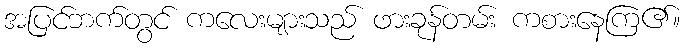
အပြင်ဘက်တွင် ကလေးများသည် ဖားခုန်တမ်း ကစားနေကြ၏။